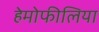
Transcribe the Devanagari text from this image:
हेमोफीलिया